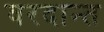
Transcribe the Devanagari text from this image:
वरदान्त